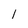
Character: 1